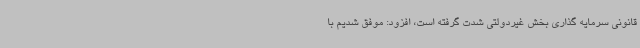
قانونی سرمایه گذاری بخش غیردولتی شدت گرفته است، افزود: موفق شدیم با